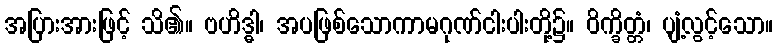
အပြားအားဖြင့် သိ၏။ ဗဟိဒ္ဓါ၊ အပဖြစ်သောကာမဂုဏ်ငါးပါးတို့၌။ ဝိက္ခိတ္တံ၊ ပျံ့လွင့်သော။